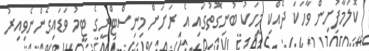
ކޮލަމާފުށިން ވާހަކަ ދެއްކި މީހަކު ބުނިގޮތުގައި އެ ރަށަށް މިނިސްޓްރީގެ ޓީމު ވަޑައިގެންނެވިއިރު